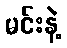
မင်းနဲ့